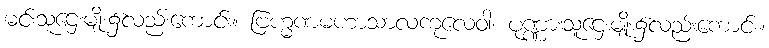
မင်းသူဌေးမျိုး၌လည်းကောင်း။ ဗြဟ္မဏမဟာသာလကုလေဝါ၊ ပုဏ္ဏားသူဌေးမျိုး၌လည်းကောင်း။